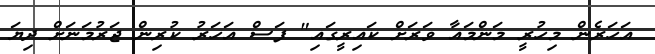
އަހަރެން މިހުރީ މަންމައާ ވަރަށް ކައިރީގައި" ފަސް އަހަރު ކުރިން ޖަރުމަނަށް ދިޔަ